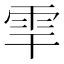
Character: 𩂀